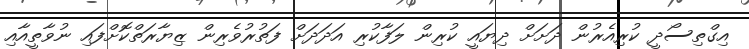
އިގްތިސޯދީ ކުރިއެރުން ދަށަށް ދިޔައީ ކުރިން ލަފާކުރި އަދަދަށް ފަތުރުވެރިން ޒިޔާރަތްކޮށްފައި ނުވާތީއާއި